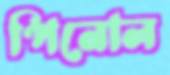
পিনোল